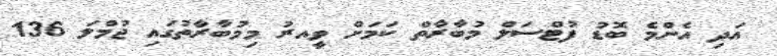
އަދި އެންމެ ބޮޑު ފުޓްސަލް މުބާރާތް ކަމަށް ވީއރު މިމުބާރާތުގައި ޖުމްލަ 136